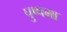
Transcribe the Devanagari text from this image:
पुष्पमा